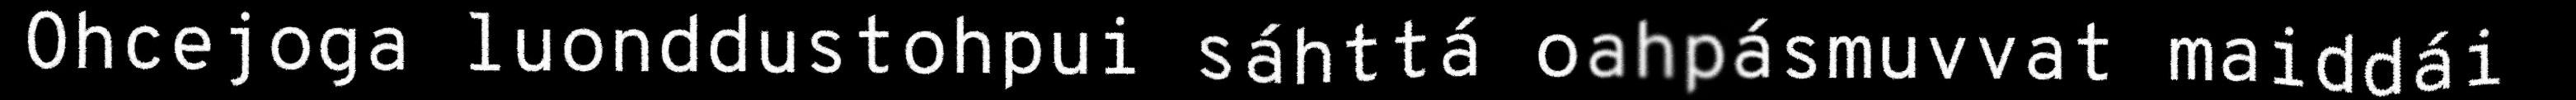
Ohcejoga luonddustohpui sáhttá oahpásmuvvat maiddái